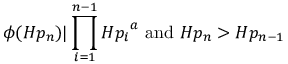
\phi ( H p _ { n } ) | \prod _ { i = 1 } ^ { n - 1 } { H p _ { i } } ^ { a } { \mathrm { ~ a n d ~ } } H p _ { n } > H p _ { n - 1 }